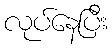
လုပ်နေပြီး